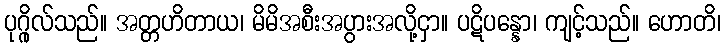
ပုဂ္ဂိုလ်သည်။ အတ္တဟိတာယ၊ မိမိအစီးအပွားအလို့ငှာ။ ပဋိပန္နော၊ ကျင့်သည်။ ဟောတိ၊